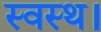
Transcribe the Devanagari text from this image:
स्वस्थ।